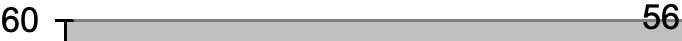
60                   56